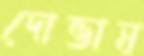
দোভাষ